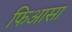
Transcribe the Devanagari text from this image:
फिआसा